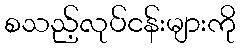
စသည့်လုပ်ငန်းများကို